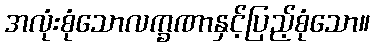
အလုံးစုံသောလက္ခဏာနှင့်ပြည့်စုံသော။